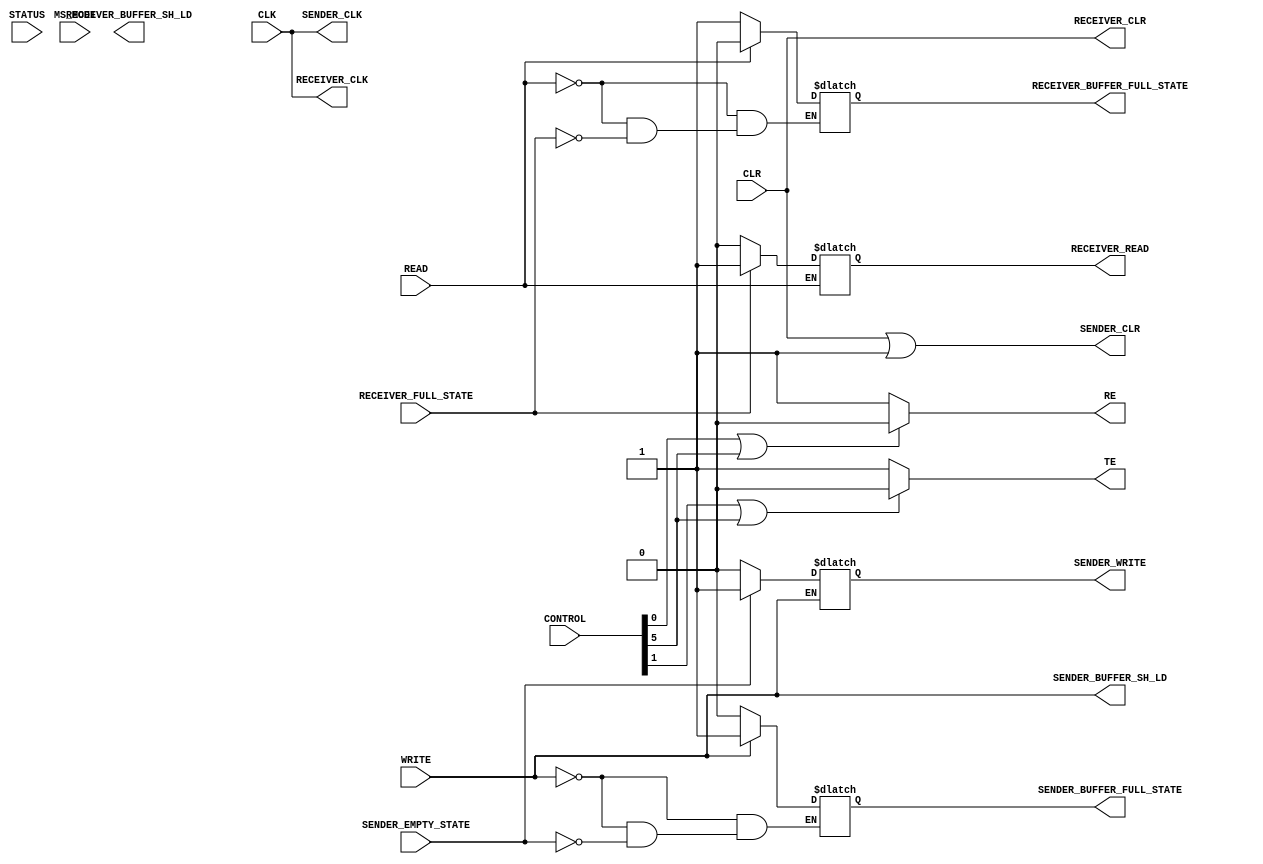
`timescale 100ps/100ps

module CONTROL_COMBINATION(
    //from wishbone:
    input CLK,     
    input CLR,     
	 input [7:0] CONTROL, 
    input WRITE, 
    input READ, 
	 input [7:0] STATUS,
    input MS_MODE,

    //form BUFFER
    output reg SENDER_BUFFER_FULL_STATE,
    output SENDER_BUFFER_SH_LD,
    output reg RECEIVER_BUFFER_FULL_STATE,
    output RECEIVER_BUFFER_SH_LD,

    //sender:
    input  SENDER_EMPTY_STATE,
    output SENDER_CLK,
    output SENDER_CLR,
    output reg SENDER_WRITE,
    output reg TE,

    //receiver:
    input  RECEIVER_FULL_STATE,
    output RECEIVER_CLK,
    output RECEIVER_CLR,
    output reg RE,
    output reg RECEIVER_READ
    //others:
);
    wire HIGH, LOW;
	wire LOCAL_CLK;
	reg SENDER_CLR_FROM_BUFFER;

    initial begin
        TE = LOW;
        RE = LOW;
    end
    //sender - sender buffer
	 
    always @(WRITE, SENDER_EMPTY_STATE) 
    begin
        if(WRITE == HIGH)
        begin
            SENDER_BUFFER_FULL_STATE = HIGH;
        end
        else
        begin
            if(SENDER_EMPTY_STATE == HIGH)
            begin
                #5 SENDER_BUFFER_FULL_STATE = LOW;
                #5 SENDER_WRITE = HIGH;
            end
            else
            begin
                SENDER_BUFFER_FULL_STATE = SENDER_BUFFER_FULL_STATE;
                #5 SENDER_WRITE = LOW;
            end
        end
    end
    //SENDER: INTERRUPT transfering :v 
    always @(WRITE, STATUS[3],STATUS[7]) 
    begin
        if( CONTROL[1] == 1 || CONTROL[5] == 1)
            TE = LOW;
        else
            TE = HIGH;

    end

    //receiver
    always @(READ, RECEIVER_FULL_STATE) 
    begin
        if(READ == HIGH)
        begin
            if(READ) 
                RECEIVER_BUFFER_FULL_STATE = LOW;
            else 
                RECEIVER_BUFFER_FULL_STATE = RECEIVER_BUFFER_FULL_STATE;
        end
        else
        begin
            if(RECEIVER_FULL_STATE == HIGH)
            begin
                #5 RECEIVER_BUFFER_FULL_STATE = HIGH;
                #5 RECEIVER_READ = HIGH;
            end
            else
            begin
                RECEIVER_BUFFER_FULL_STATE = RECEIVER_BUFFER_FULL_STATE;
                #5 RECEIVER_READ = LOW;
            end
        end
    end

    always @(READ, STATUS[2],STATUS[7]) 
    begin
        if( CONTROL[0] == HIGH || CONTROL[5] == HIGH)
            RE = LOW;
        else
            RE = HIGH;
    end

    //other (included both sender and receiver :v)
    assign S_CLK = (MS_MODE == HIGH)?(CLK):(1'bz);
    assign LOCAL_CLK = (MS_MODE == HIGH)?(S_CLK):CLK;
    assign SENDER_CLK = LOCAL_CLK;
    assign SENDER_CLR = CLR | SENDER_CLR_FROM_BUFFER;
    assign RECEIVER_CLK = LOCAL_CLK;
    assign RECEIVER_CLR = CLR;
    assign SENDER_BUFFER_SH_LD = WRITE;

	assign LOW = 1'b0;
	assign HIGH = 1'b1;
endmodule